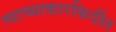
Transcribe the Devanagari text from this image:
त्याच्याकारकिर्दीत